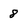
Character: 8